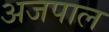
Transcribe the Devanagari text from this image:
अजपाल